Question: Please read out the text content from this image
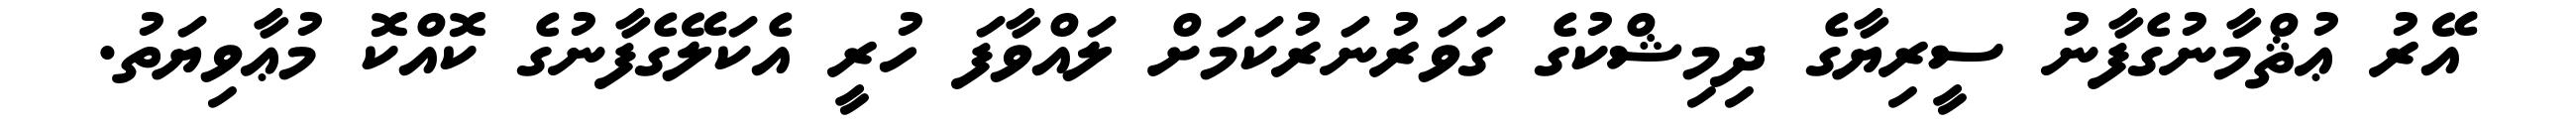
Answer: އޭރު ޢުޘްމާނުގެފާނު ސީރިޔާގެ ދިމިޝްކުގެ ގަވަރުނަރުކަމަށް ލައްވާފަ ހުރީ އެކަލޭގެފާނުގެ ކޮއްކޮ މުޢާވިޔަތު.